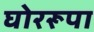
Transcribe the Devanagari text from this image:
घोररूपा